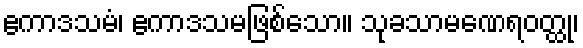
ဧကာဒသမံ၊ ဧကာဒသမဖြစ်သော။ သုခသာမဏေရဝတ္ထု၊